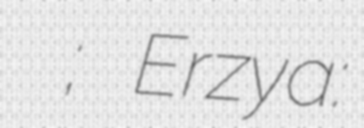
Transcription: Ича́лковский райо́н; Erzya: